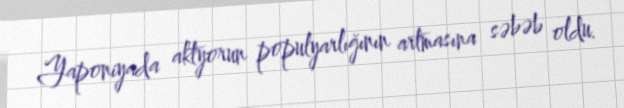
Yaponiyada aktyorun populyarlığının artmasına səbəb oldu.